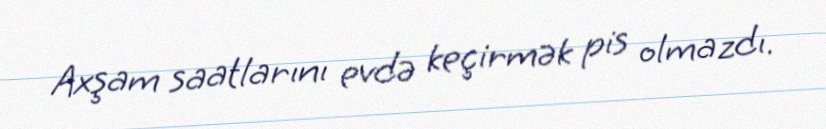
Axşam saatlarını evdə keçirmək pis olmazdı.